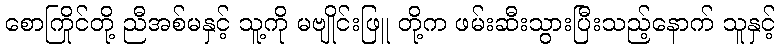
စောကြိုင်တို့ ညီအစ်မနှင့် သူ့ကို မဗျိုင်းဖြူ တို့က ဖမ်းဆီးသွားပြီးသည့်နောက် သူနှင့်